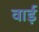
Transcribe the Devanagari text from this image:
वार्ड़